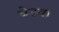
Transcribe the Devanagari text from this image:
वेडया